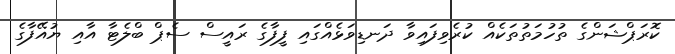
ކޮރަޕްޝަންގެ ތުހުމަތުތަކެއް ކުރެވިފައިވާ ދަނޑިވަޅެއްގައި ފީފާގެ ރައީސް ސެޕް ބްލެޓާ އާއި ޔުއޭފާގެ